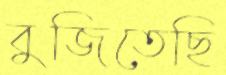
বুজিতেছি